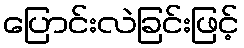
ပြောင်းလဲခြင်းဖြင့်